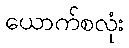
ယောက်စလုံး